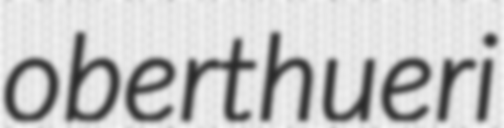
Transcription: oberthueri